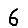
Digit: 6